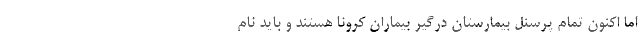
اما اکنون تمام پرسنل بیمارستان درگیر بیماران کرونا هستند و باید نام